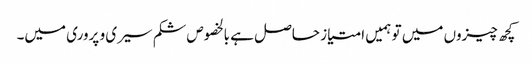
کچھ چیزوں میں تو ہمیں امتیاز حاصل ہے بالخصوص شکم سیری و پروری میں۔